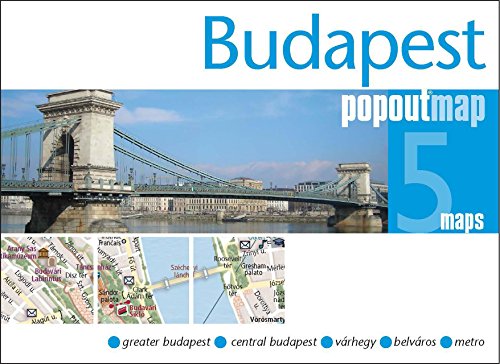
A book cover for Budapest PopOut Map: pop-up city street map of Budapest city center - folded pocket size travel map with transit map included (PopOut Maps); Popout Maps; Travel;